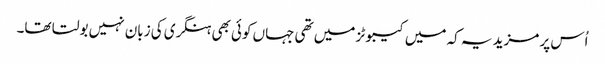
اُس پر مزید یہ کہ میں کیبوٹز میں تھی جہاں کوئی بھی ہنگری کی زبان نہیں بولتا تھا۔